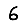
Digit: 6